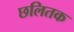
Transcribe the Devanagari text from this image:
छलितक